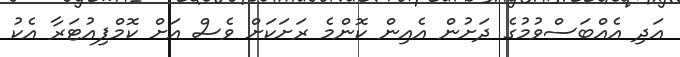
އަދި އެއްބަސްވުމުގެ ދަށުން އެއިން ކޮންމެ ރަށަކަށް ވެސް އަށް ކޮމްޕިއުޓަރާ އެކު